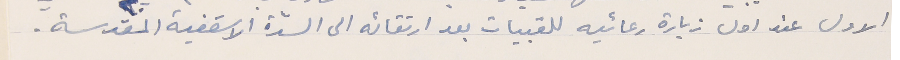
الاول عند اول زيارة رعائيه للقبيات بعد ارتقائه الى السدّة الاسقفية المقدسة.